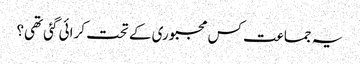
یہ جماعت کس مجبوری کے تحت کرائی گئی تھی؟